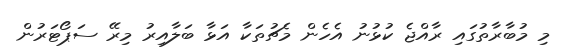
މި މުބާރާތުގައި ރާއްޖެ ކުޅުނު އެހެން މެޗުތަކާ އަޅާ ބަލާއިރު މިރޭ ސަޕޯޓަރުން